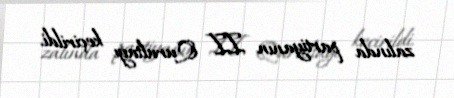
zalında partiyanın II Qurultayı keçirildi.